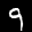
Label: 9